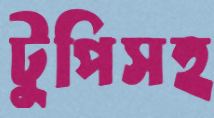
টুপিসহ